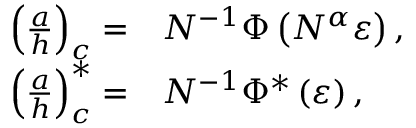
\begin{array} { r l } { \left( \frac { a } { h } \right) _ { c } = } & { { } N ^ { - 1 } \Phi \left( N ^ { \alpha } \varepsilon \right) , } \\ { \left( \frac { a } { h } \right) _ { c } ^ { * } = } & { { } N ^ { - 1 } \Phi ^ { * } \left( \varepsilon \right) , } \end{array}